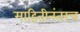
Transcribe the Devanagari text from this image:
माहितीनंतरच